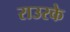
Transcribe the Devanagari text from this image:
राउरके